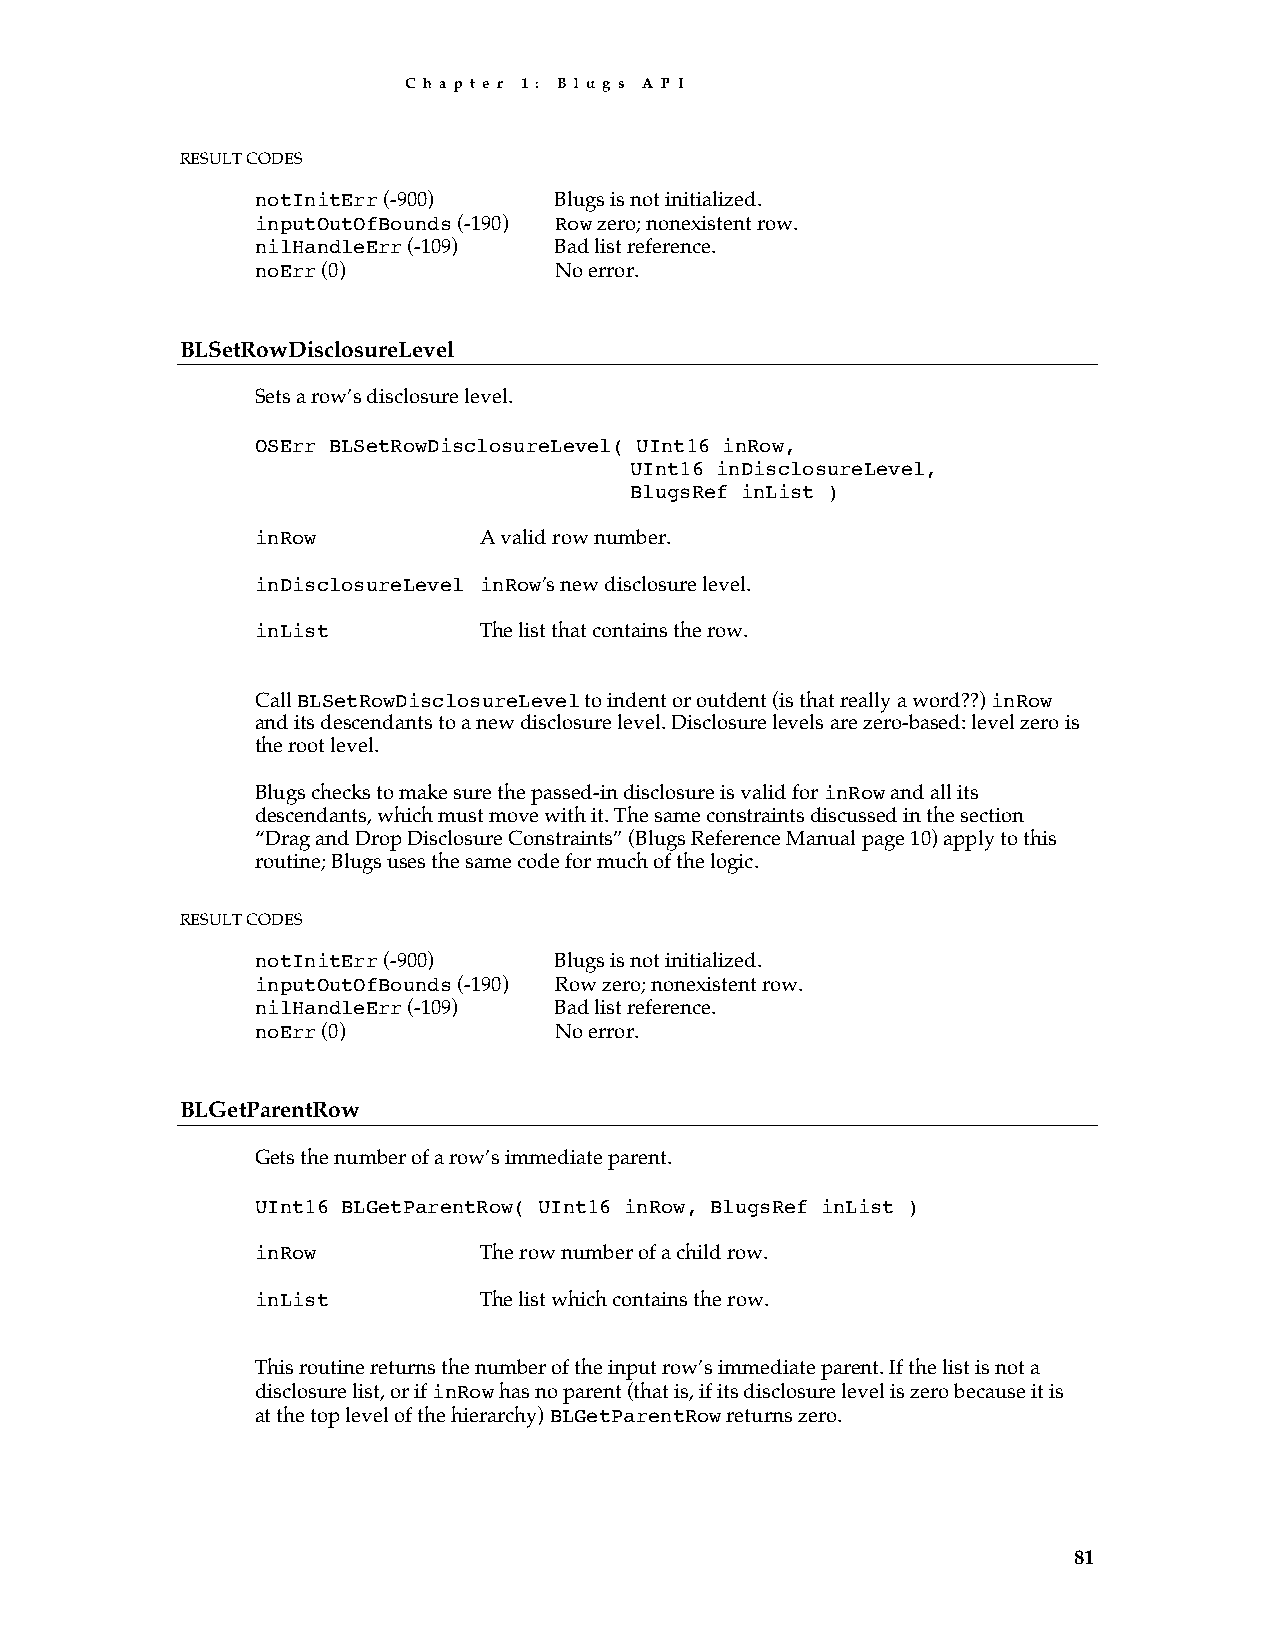
C h a p t e r 1 : B l u g s A P I
 RESULT CODES
 notInitErr (-900)   Blugs is not initialized.
 inputOutOfBounds (-190) Row zero; nonexistent row.
 nilHandleErr (-109) Bad list reference.
 noErr (0)           No error.
 BLSetRowDisclosureLevel
 Sets a row’s disclosure level.
 OSErr BLSetRowDisclosureLevel( UInt16 inRow,
 UInt16 inDisclosureLevel,
 BlugsRef inList )
 inRow          A valid row number.
 inDisclosureLevel inRow’s new disclosure level.
 inList         The list that contains the row.
 Call BLSetRowDisclosureLevel to indent or outdent (is that really a word??) inRow
 and its descendants to a new disclosure level. Disclosure levels are zero-based: level zero is
 the root level.
 Blugs checks to make sure the passed-in disclosure is valid for inRow and all its
 descendants, which must move with it. The same constraints discussed in the section
 “Drag and Drop Disclosure Constraints” (Blugs Reference Manual page 10) apply to this
 routine; Blugs uses the same code for much of the logic.
 RESULT CODES
 notInitErr (-900)   Blugs is not initialized.
 inputOutOfBounds (-190) Row zero; nonexistent row.
 nilHandleErr (-109) Bad list reference.
 noErr (0)           No error.
 BLGetParentRow
 Gets the number of a row’s immediate parent.
 UInt16 BLGetParentRow( UInt16 inRow, BlugsRef inList )
 inRow          The row number of a child row.
 inList         The list which contains the row.
 This routine returns the number of the input row’s immediate parent. If the list is not a
 disclosure list, or if inRow has no parent (that is, if its disclosure level is zero because it is
 at the top level of the hierarchy) BLGetParentRow returns zero.
 81